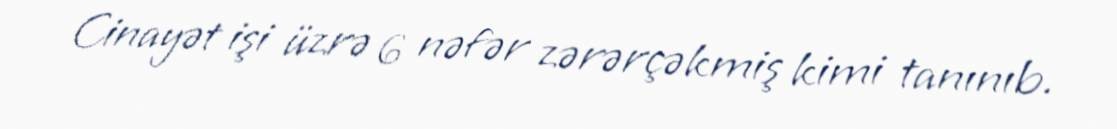
Cinayət işi üzrə 6 nəfər zərərçəkmiş kimi tanınıb.